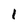
Character: 1